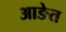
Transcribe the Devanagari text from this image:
आङेत